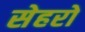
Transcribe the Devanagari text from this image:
सेहरो